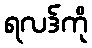
ရလဒ်ကို